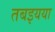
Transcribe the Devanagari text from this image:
तबइयया